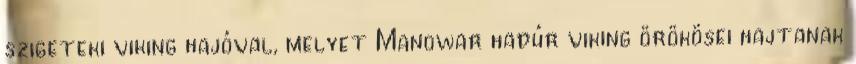
szigeteki viking hajóval, melyet Manowar hadúr viking örökösei hajtanak